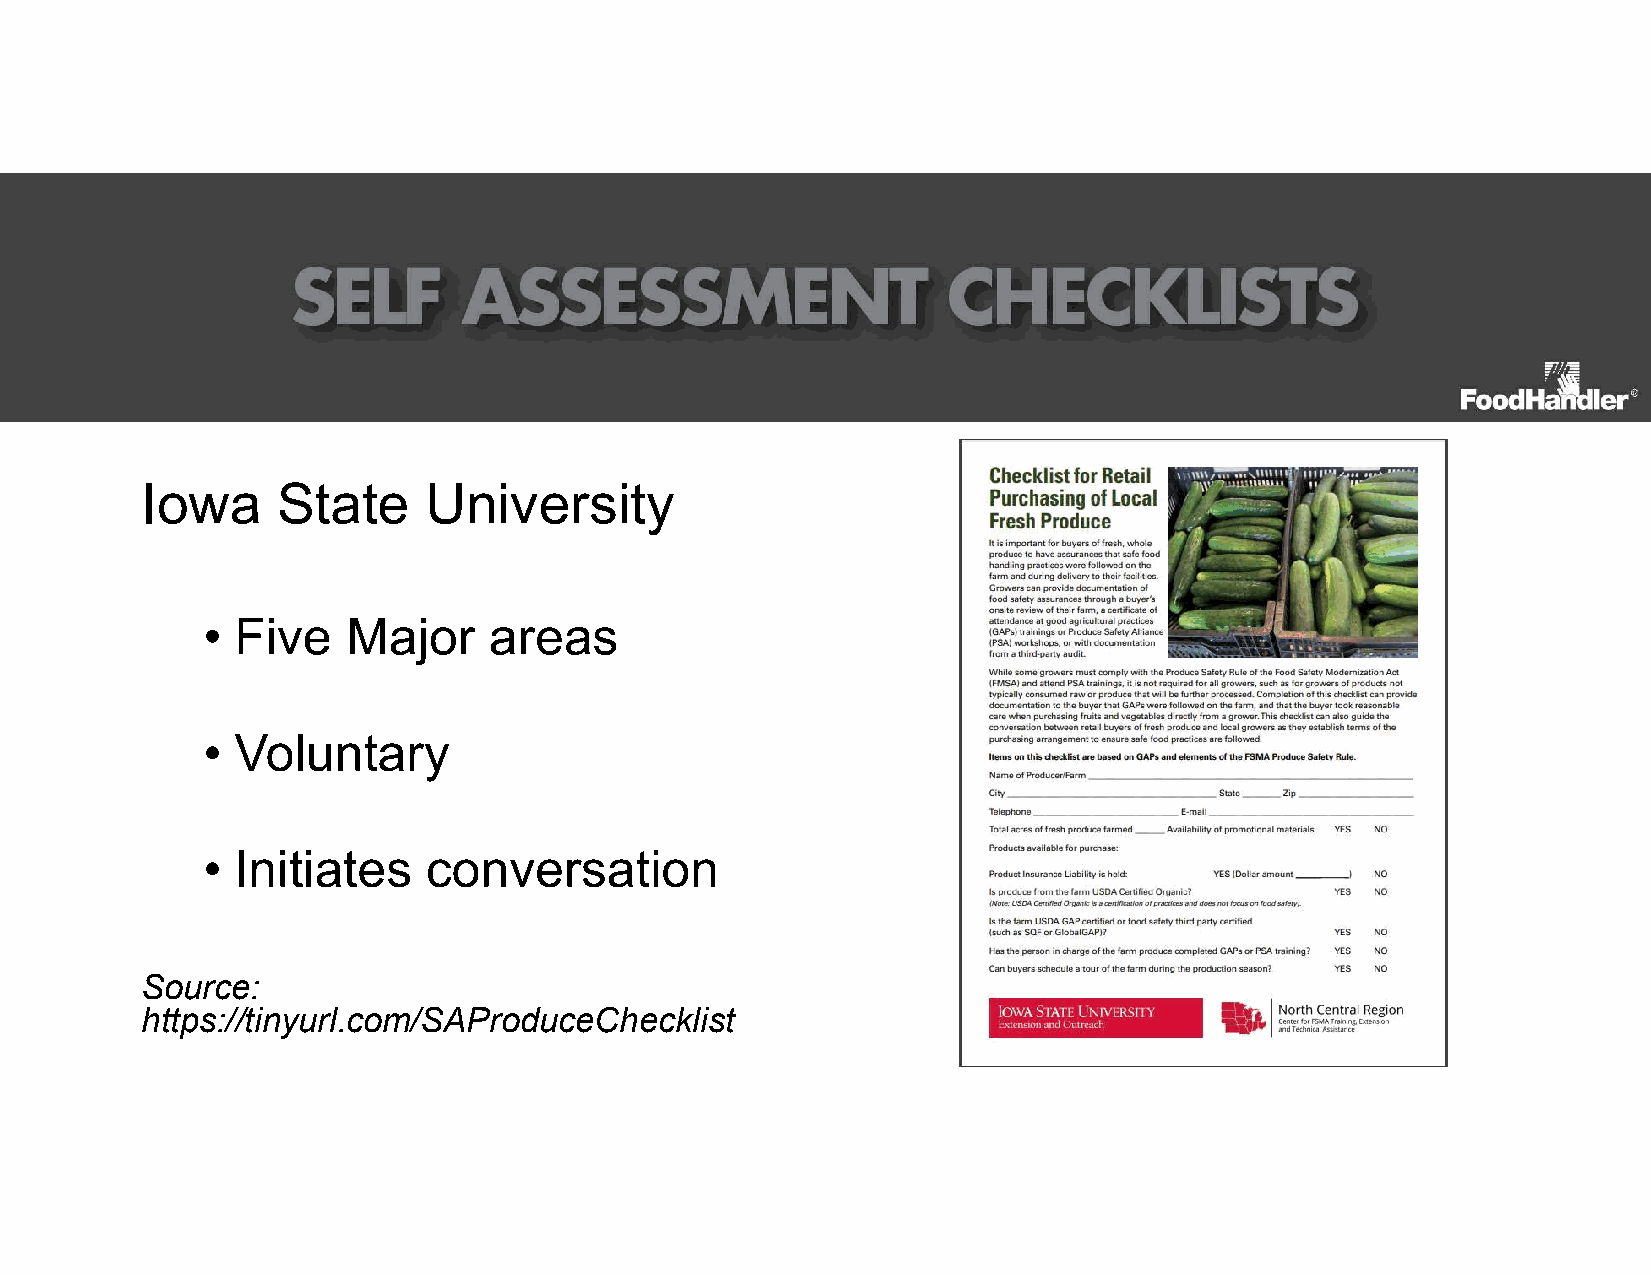
Iowa     State     University
 •  Five   Major    areas
 •  Voluntary
 •  Initiates   conversation
 Source:
 https://tinyurl.com/SAProduceChecklist